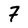
Character: 7